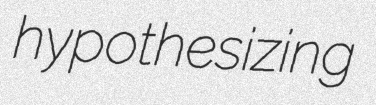
hypothesizing